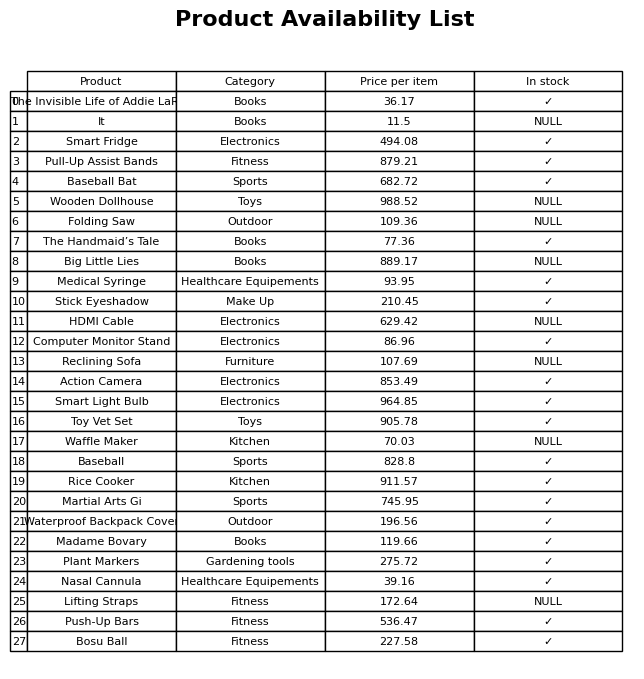
question: What is the price of the Toy Vet Set?
answer: The price of Toy Vet Set is 905.78.